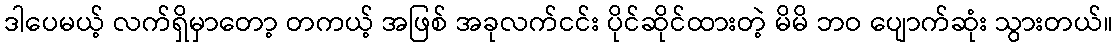
ဒါပေမယ့် လက်ရှိမှာတော့ တကယ့် အဖြစ် အခုလက်ငင်း ပိုင်ဆိုင်ထားတဲ့ မိမိ ဘဝ ပျောက်ဆုံး သွားတယ်။